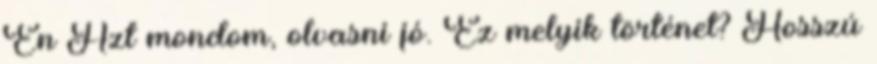
Én Azt mondom, olvasni jó. Ez melyik történet? Hosszú